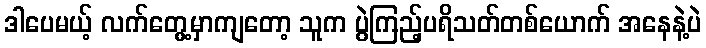
ဒါပေမယ့် လက်တွေ့မှာကျတော့ သူက ပွဲကြည့်ပရိသတ်တစ်ယောက် အနေနဲ့ပဲ